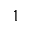
^ { 1 }